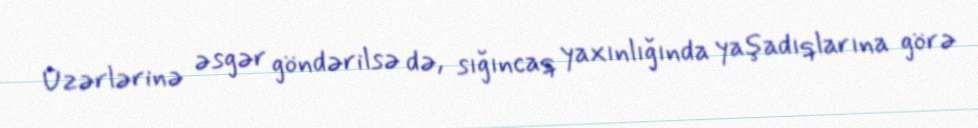
Üzərlərinə əsgər göndərilsə də, sığıncaq yaxınlığında yaşadıqlarına görə